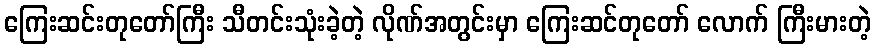
ကြေးဆင်းတုတော်ကြီး သီတင်းသုံးခဲ့တဲ့ လိုဏ်အတွင်းမှာ ကြေးဆင်တုတော် လောက် ကြီးမားတဲ့